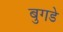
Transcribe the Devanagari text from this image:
बुगडे